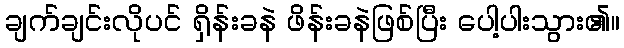
ချက်ချင်းလိုပင် ရှိန်းခနဲ ဖိန်းခနဲဖြစ်ပြီး ပေါ့ပါးသွား၏။